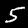
Label: 5